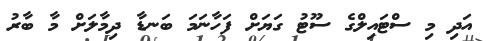
އަދި މި ސްޓައިލްގެ ސޫޓު ގަޔަށް ފަހާނަމަ ބަނޑާ ދިމާލަށް މާ ބާރު